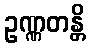
ဥဏ္ဏတန္တိ